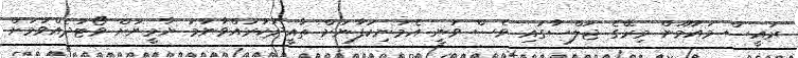
ރައީސް މައުމޫން މިރޭގެ ޖަލްސާގައި ވެސް ވަނީ އެމަނިކުފާނަށް ތާއީދުކުރައްވާނަމަ ޔާމީނަށް ވޯޓުދެއްވުމަށް